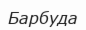
Барбуда